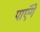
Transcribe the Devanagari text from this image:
पाएॅगें